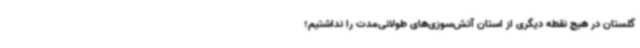
گلستان در هیچ نقطه دیگری از استان آتش‌سوزی‌های طولانی‌مدت را نداشتیم؛